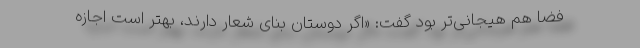
فضا هم هیجانی‌تر بود گفت: «اگر دوستان بنای شعار دارند، بهتر است اجازه